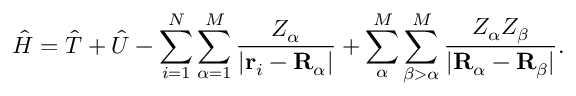
{ \hat { H } } = { \hat { T } } + { \hat { U } } - \sum _ { i = 1 } ^ { N } \sum _ { \alpha = 1 } ^ { M } { \frac { Z _ { \alpha } } { | \mathbf { r } _ { i } - \mathbf { R } _ { \alpha } | } } + \sum _ { \alpha } ^ { M } \sum _ { \beta > \alpha } ^ { M } { \frac { Z _ { \alpha } Z _ { \beta } } { | \mathbf { R } _ { \alpha } - \mathbf { R } _ { \beta } | } } .